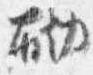
砌